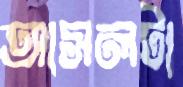
আসলটা